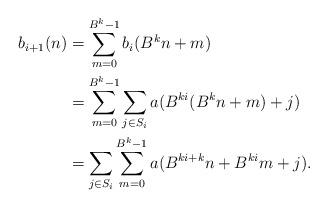
LaTeX: \begin{align*}b_{i+1}(n)&=\sum\limits_{m=0}^{B^k-1}b_i(B^k n+m) \\&=\sum\limits_{m=0}^{B^k-1}\sum\limits_{j\in S_i} a(B^{ki}(B^k n+m)+j)\\ &=\sum\limits_{j\in S_i}\sum\limits_{m=0}^{B^k-1}a(B^{ki+k}n+B^{ki} m + j). \end{align*}